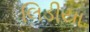
લિડીયા